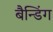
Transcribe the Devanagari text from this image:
बैन्डिंग